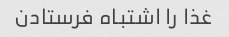
غذا را اشتباه فرستادن